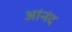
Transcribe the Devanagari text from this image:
आंनंद